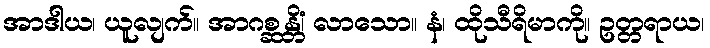
အာဒါယ၊ ယူလျက်။ အာဂစ္ဆန္တိံ၊ လာသော။ နံ၊ ထိုသီရိမာကို။ ဥတ္တရာယ၊